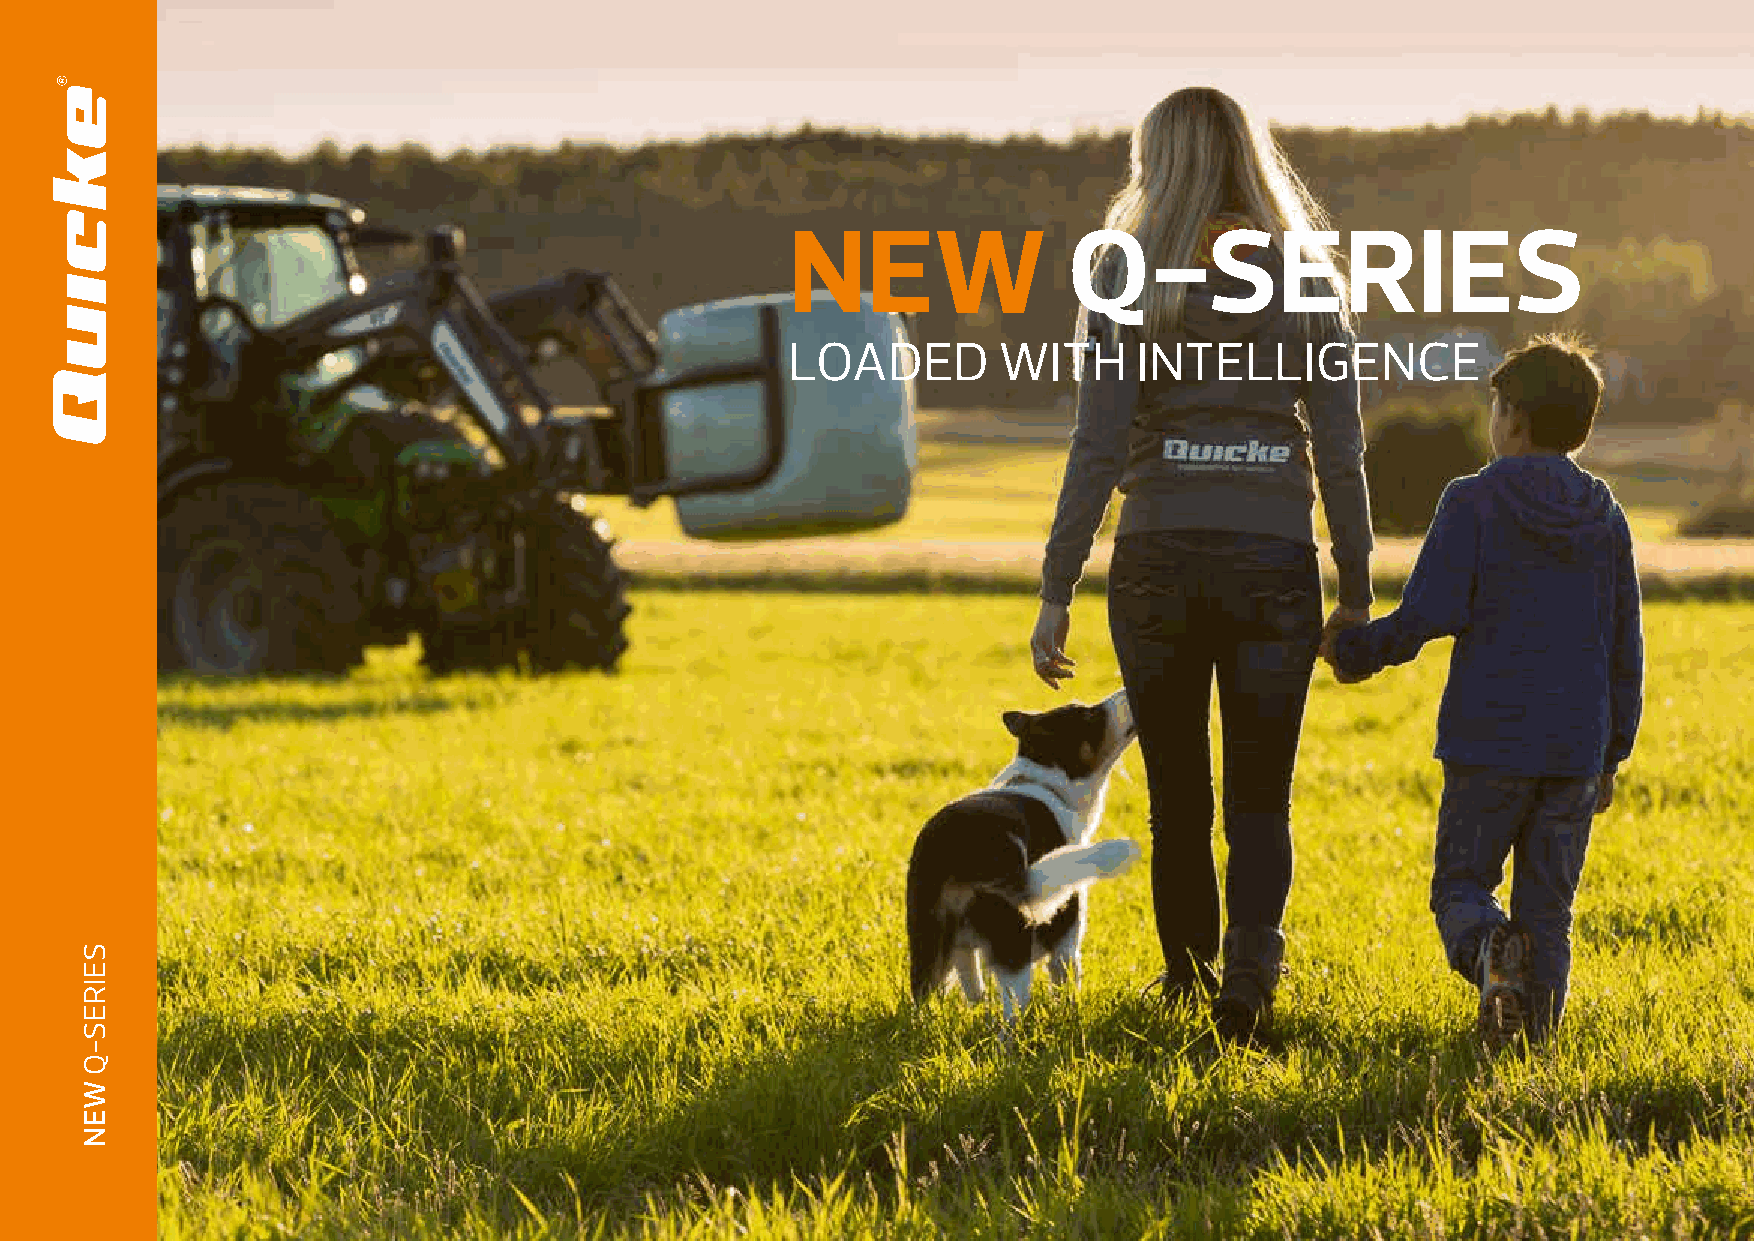
NNEEWW             QQ--SSEERRIIEESS
 LOADED        WITH     INTELLIGENCE
 SEIRES-Q
 WEN